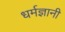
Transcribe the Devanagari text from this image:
धर्मज्ञानी